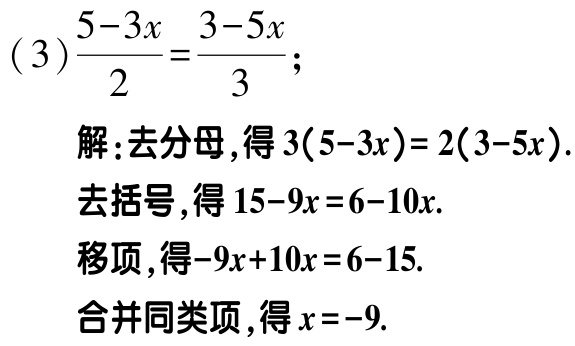
(3)\(\frac{5 - 3x}{2}=\frac{3 - 5x}{3}\);

解：去分母，得\(3(5 - 3x)=2(3 - 5x)\).

去括号，得\(15 - 9x = 6 - 10x\).

移项，得\(-9x + 10x = 6 - 15\).

合并同类项，得\(x = -9\).